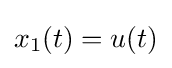
\textstyle x_{1}(t)=u(t)